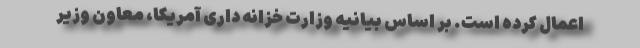
اعمال کرده است. بر اساس بیانیه وزارت خزانه داری آمریکا، معاون وزیر